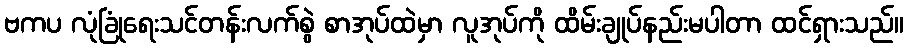
ဗကပ လုံခြုံရေးသင်တန်းလက်စွဲ စာအုပ်ထဲမှာ လူအုပ်ကို ထိမ်းချုပ်နည်းမပါတာ ထင်ရှားသည်။